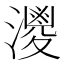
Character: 𱩗